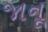
જાનૂ